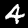
Digit: 4